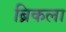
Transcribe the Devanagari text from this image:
ब्रिकला